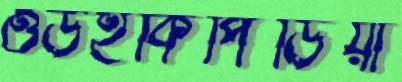
ওউইকিপিডিয়া